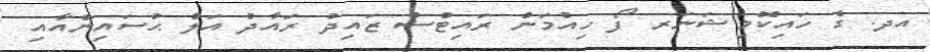
އދ. ގެ ހައިކޮމިޝަނަރ ފޯ ހިއުމަން ރައިޓްސް ޒައިދު ރައާދު އަލް ޙުސައިންއާއި